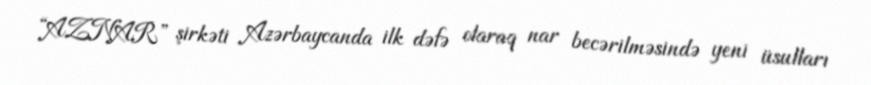
“AZNAR” şirkəti Azərbaycanda ilk dəfə olaraq nar becərilməsində yeni üsulları